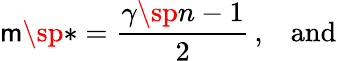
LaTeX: \mathsf{m}\sp{*}={\frac{{\gamma\sp{n-1}}}{{2}}}\, ,\; \; \; \mathrm{{and}}